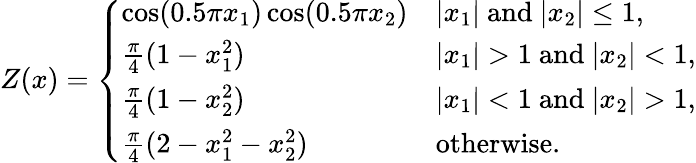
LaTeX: Z(x)=\left\{ \begin{array}{ll}{\cos(0.5\pi x_{1})\cos(0.5\pi x_{2})}&{|x_{1}|\mathrm{~and~}|x_{2}|\leq 1,}\\ {\frac{\pi}{4}(1-x_{1}^{2})}&{|x_{1}|>1\mathrm{~and~}|x_{2}|<1,}\\ {\frac{\pi}{4}(1-x_{2}^{2})}&{|x_{1}|<1\mathrm{~and~}|x_{2}|>1,}\\ {\frac{\pi}{4}(2-x_{1}^{2}-x_{2}^{2})}&{\mathrm{otherwise}.}\end{array}\right.